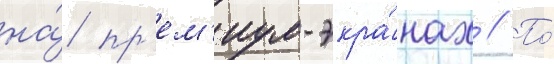
на́ пр'ем'иум-экра́нах // По́